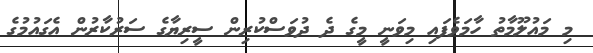
މި މައުލޫމާތު ހާމަވެފައި މިވަނީ މީގެ ދެ ދުވަސްކުރިން ސީރިޔާގެ ސަރުކާރުން އެގައުމުގެ